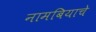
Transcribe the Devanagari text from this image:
नामबियाचे